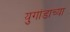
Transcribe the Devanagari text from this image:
युगांडाच्या